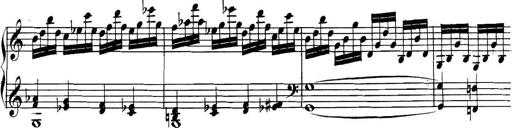
Title: Collected Piano Sonatas
Composer: Muzio Clementi